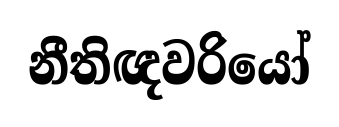
නීතිඥවරියෝ